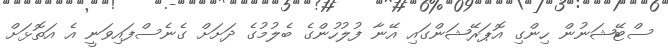
ސްޓޭޝަނުން ހިންގި އޮޕަރޭޝަންގައި އޭނާ ފުލުހުންގެ ބެލުމުގެ ދަށަށް ގެނެސްފައިވަނީ އެ އަތޮޅަށް